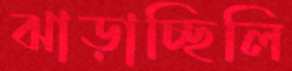
ঝাড়াচ্ছিলি